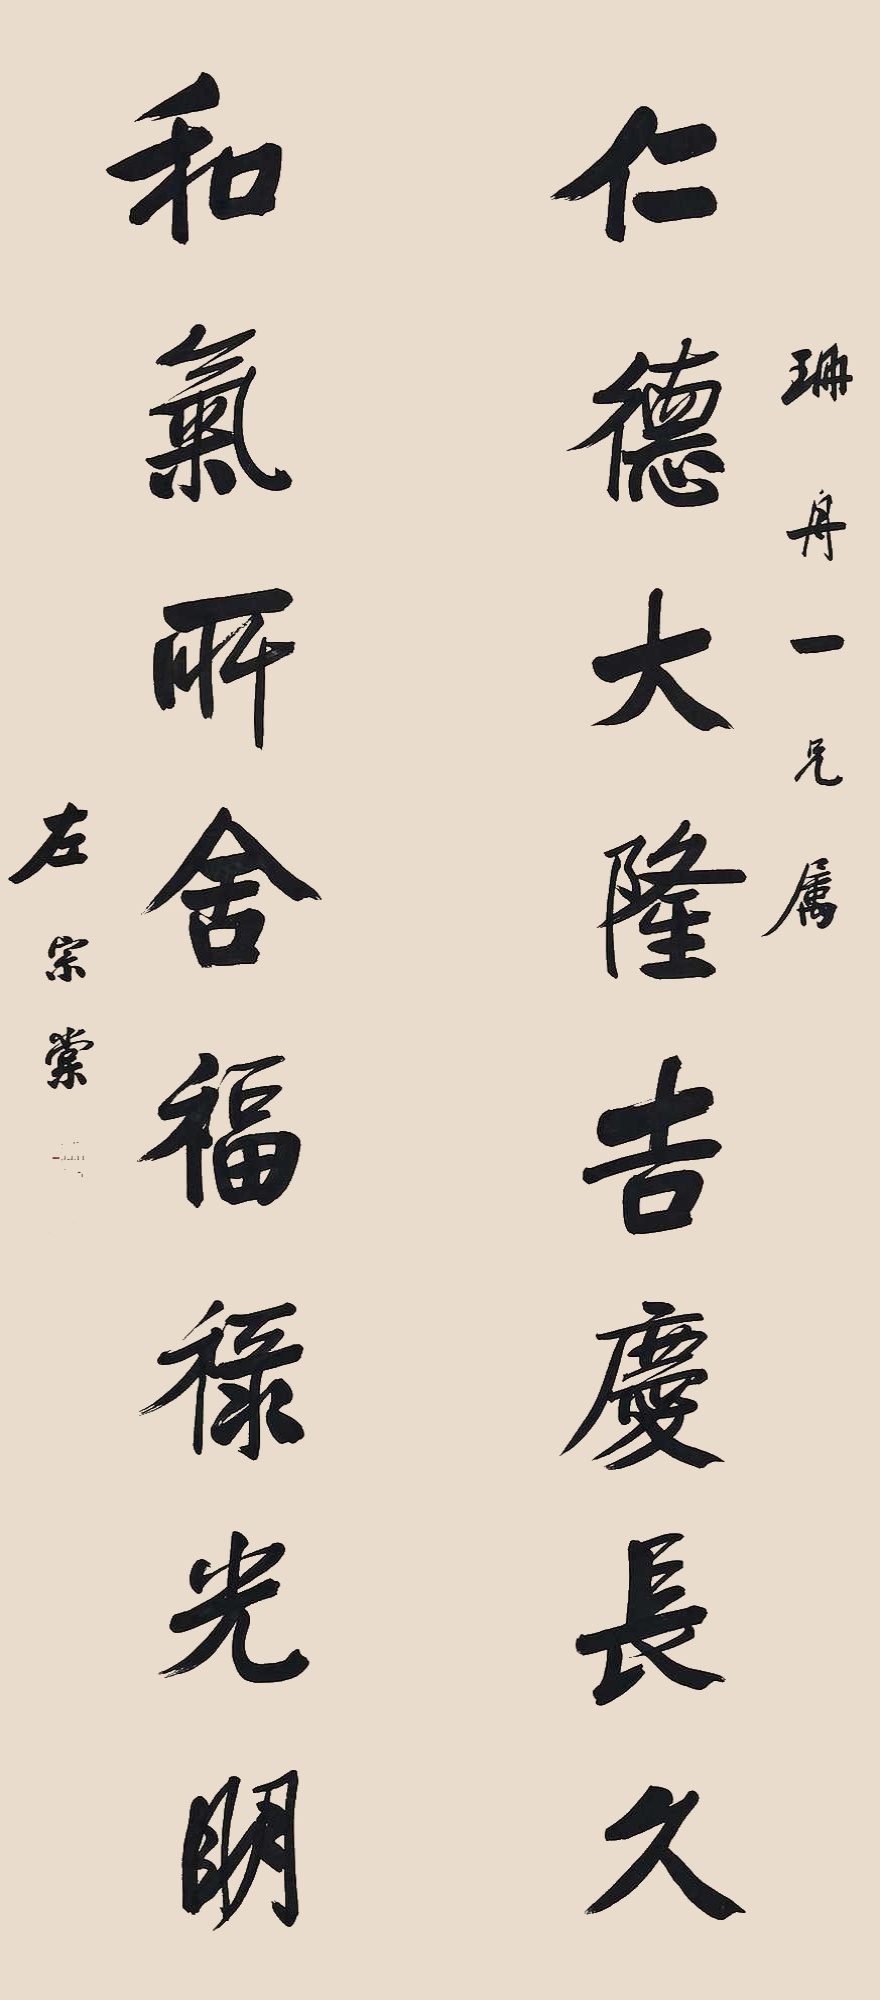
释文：仁德大隆吉庆长久，和气所舍福禄光明。珊舟一兄属，左宗棠。